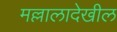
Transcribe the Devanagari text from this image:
मल्लालादेखील